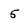
Character: 5